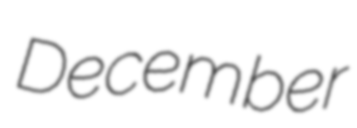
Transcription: December